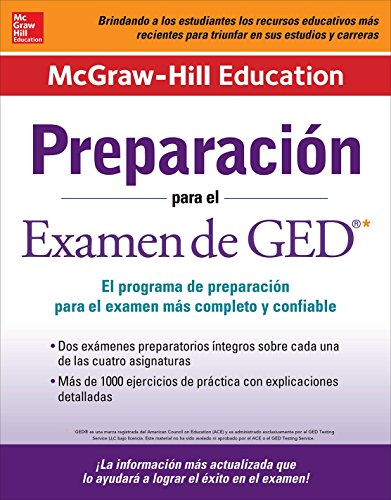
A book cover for PreparaciÃ³n para el Examen de GED (Spanish Edition); McGraw-Hill Education Editors; Test Preparation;